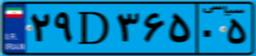
۲۶D۶۱۶۳۳